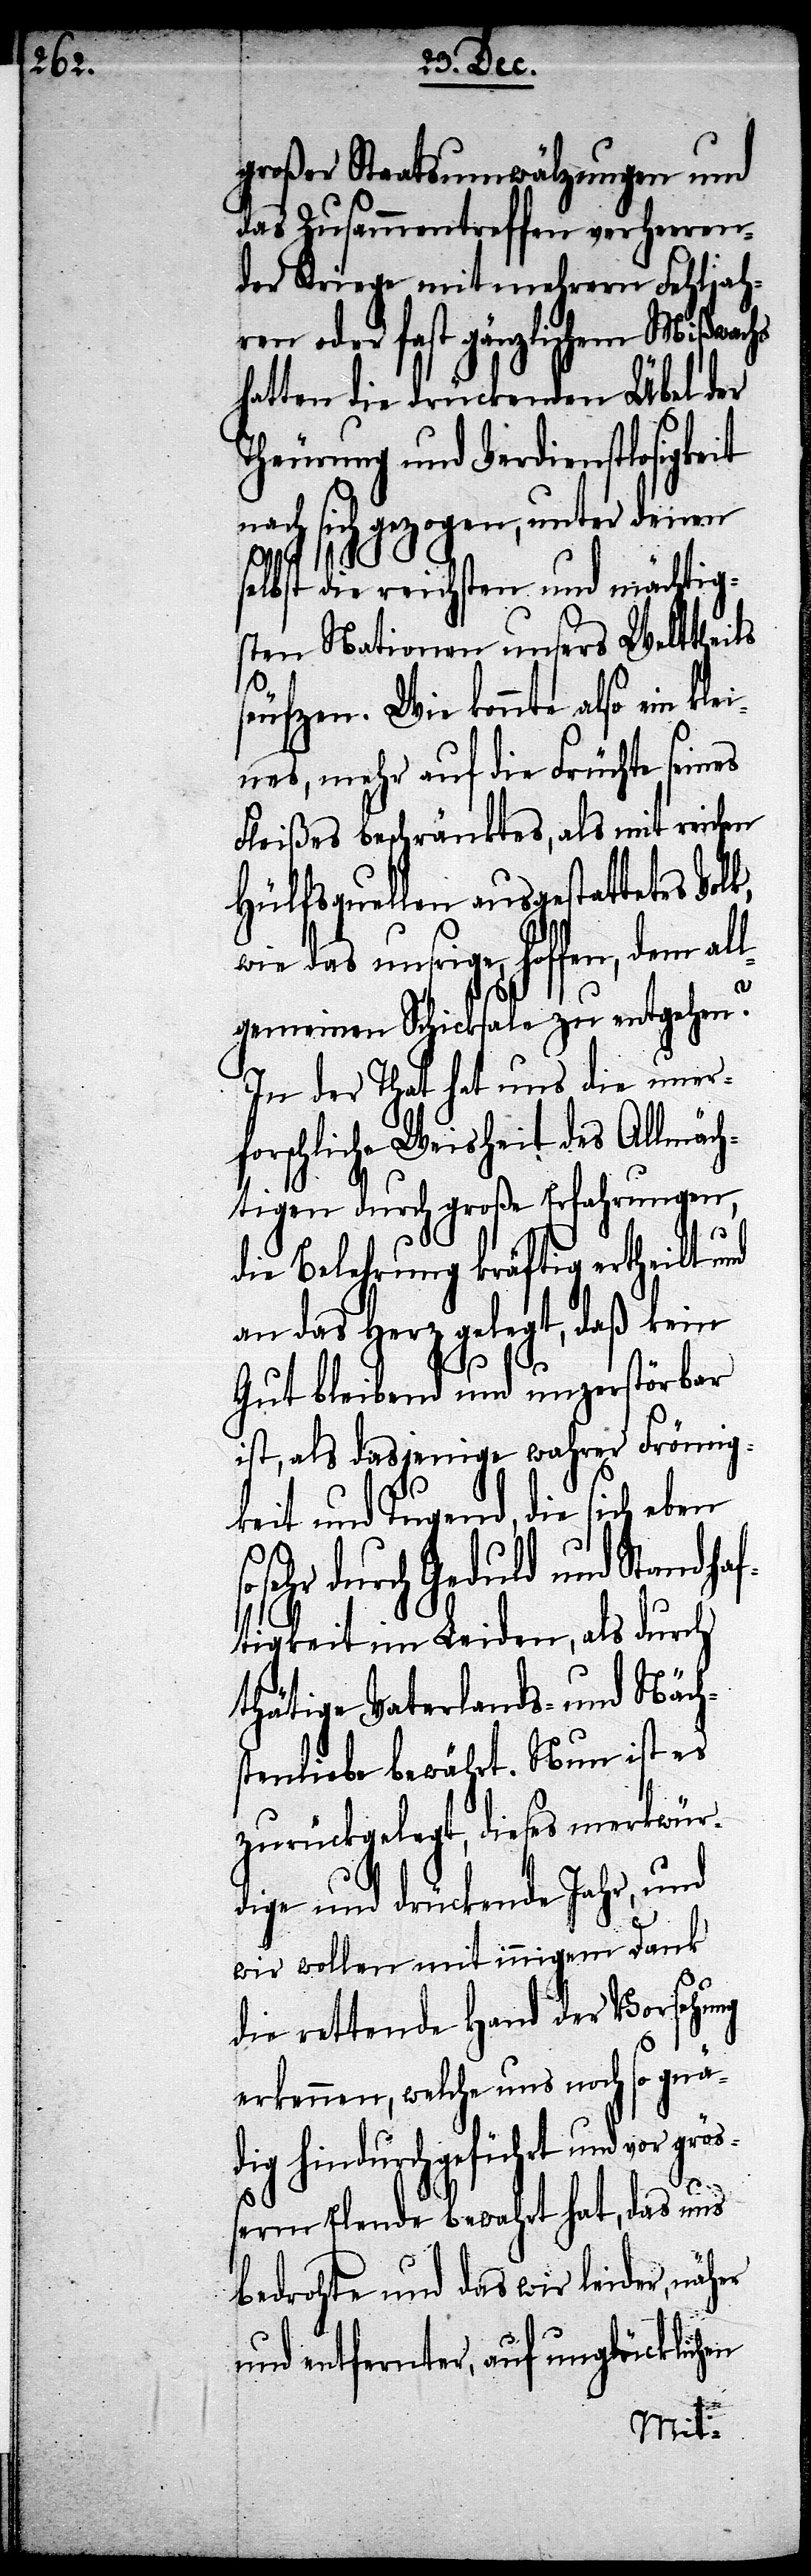
großer Staatsumwälzungen und
das Zusammentreffen verheeren¬
der Kriege mit mehrern Fehljahr¬
en oder fast gänzlichem Mißwachs
hatten die drückenden Übel der
Theurung und Verdienstlosigkeit
nach sich gezogen, unter denen
selbst die reichsten und mächtig¬
sten Nationen unsers Welttheils
seufzen. Wie könnte also ein kle¬
ines, mehr auf die Früchte seines
Fleißes beschränktes, als mit reichen
Hülfsquellen ausgestattetes Volk,
wie das unsrige, hoffen, dem all¬
gemeinen Schicksale zu entgehen?
In der That hat uns die uner¬
forschliche Weisheit des Allmäch¬
tigen durch große Erfahrungen,
größ¬
die Belehrungen kräftig ertheilt und
an das Herz gelegt, daß kein
Gut bleibend und unzerstörbar
ist, als dasjenige wahrer Frömig¬
keit und Tugend, die sich eben
sehr durch Geduld und Standh¬
ftigkeit im Leiden, als durch
thätige Vaterlands- und Näch¬
stenliebe bewährt. Nun ist es
zurückgelegt, dieses merkwür¬
dige und drückende Jahr, und
wir wollne mit innigem Dank
die rettende Hand der Vorsehung
erkennen, welche uns noch so gnä¬
dig hindurch geführt und vor
erm Elende bewahrt hat, das uns
bedrohte und das wir leider, näher
und entfernter, auf unglücklichen
a¬